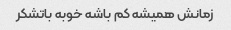
زمانش همیشه کم باشه خوبه باتشکر